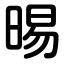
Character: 晹